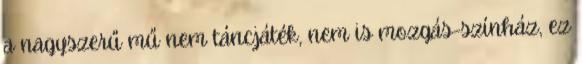
a nagyszerű mű nem táncjáték, nem is mozgás-színház, ez